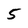
Character: 5